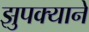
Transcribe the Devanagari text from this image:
झुपक्याने